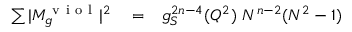
\begin{array} { r l r } { \sum \vert M _ { g } ^ { \mathrm { ~ v ~ i ~ o ~ l ~ } } \vert ^ { 2 } } & { { } = } & { g _ { S } ^ { 2 n - 4 } ( Q ^ { 2 } ) ~ N ^ { n - 2 } ( N ^ { 2 } - 1 ) } \end{array}